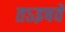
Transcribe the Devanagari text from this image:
तऽइषवे